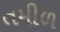
તમીળ